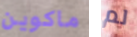
ماكوين لم